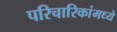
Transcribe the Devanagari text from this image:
परिचारिकांमध्ये